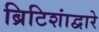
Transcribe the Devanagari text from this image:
ब्रिटिशांद्वारे